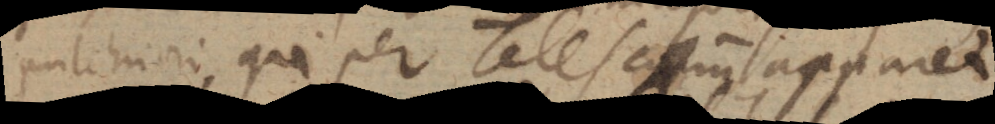
pulchriori, qui per Telescopium apparet